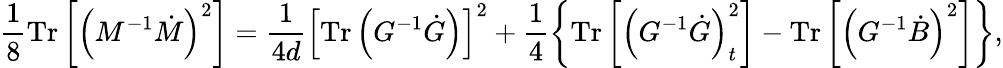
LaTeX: \frac{1}{8}\mathrm{Tr}\left[\left(M^{-1}\dot{M}\right)^{2}\right]=\frac{1}{4d}\left[\mathrm{Tr}\left(G^{-1}\dot{G}\right)\right]^{2}+\frac{1}{4}\left\{ \mathrm{Tr}\left[\left(G^{-1}\dot{G}\right)_{t}^{2}\right]-\mathrm{Tr}\left[\left(G^{-1}\dot{B}\right)^{2}\right]\right\} ,